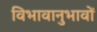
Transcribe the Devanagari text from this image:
विभावानुभावों